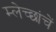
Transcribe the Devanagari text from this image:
म्लेच्छांचें